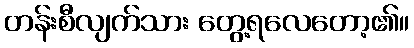
တန်းစီလျက်သား တွေ့ရလေတော့၏။